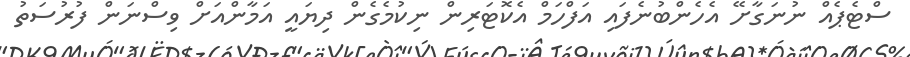
ސްޓެޕެއް ނުނަގާށޭ އެހެންބުނެފައި އަފްހަމް އެކޮޓަރިން ނިކުމެގެން ދިޔައީ އަމާންއަށް ވިސްނަން ފުރުސަތު